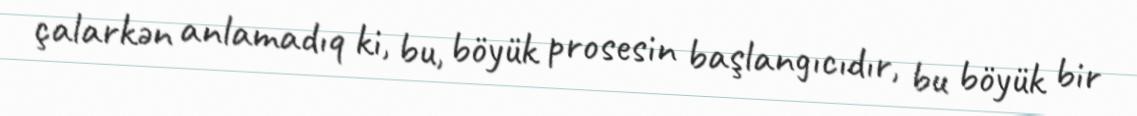
çalarkən anlamadıq ki, bu, böyük prosesin başlangıcıdır, bu böyük bir